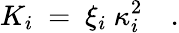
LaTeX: K_{i}~=~\xi_{i}~\kappa_{i}^{2}\quad.